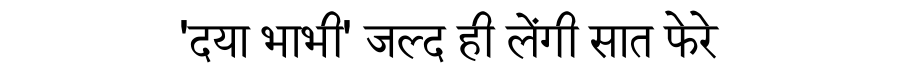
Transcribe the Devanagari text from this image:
'दया भाभी' जल्द ही लेंगी सात फेरे